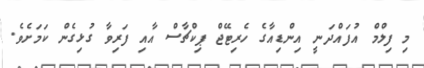
މި ފިލްމް އުފައްދަނީ އިންޑިއާގެ ހެރިޓޭޖް ޕިކްޗާސް އާއި ފަރިވާ ގުޅިގެން ކަމަށެވެ.